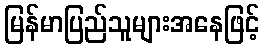
မြန်မာပြည်သူများအနေဖြင့်